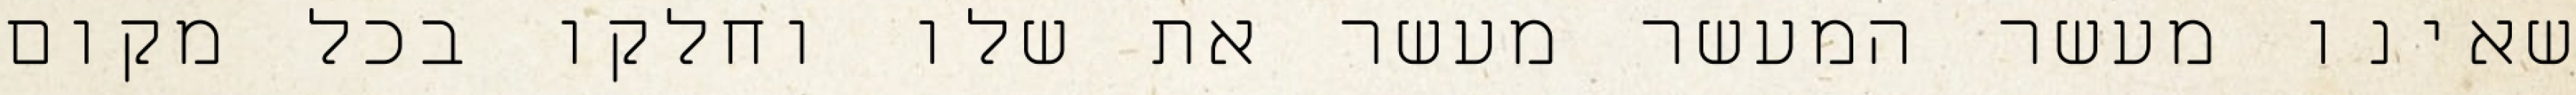
שאינו מעשר המעשר מעשר את שלו וחלקו בכל מקום